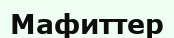
Мафиттер